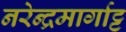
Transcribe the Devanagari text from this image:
नरेन्द्रमार्गाट्ट